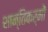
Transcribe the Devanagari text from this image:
शान्तिकर्मों